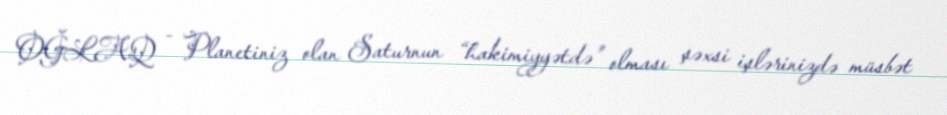
OĞLAQ - Planetiniz olan Saturnun “hakimiyyətdə” olması şəxsi işlərinizdə müsbət